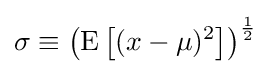
\sigma \equiv \left(\operatorname {E} \left[(x-\mu )^{2}\right]\right)^{\frac {1}{2}}